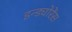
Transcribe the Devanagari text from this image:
इन्ड्योरेंस